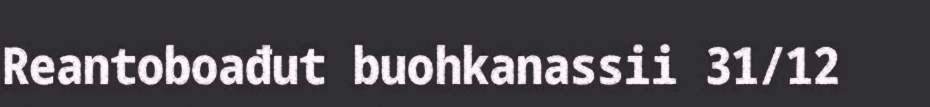
Reantoboađut buohkanassii 31/12